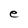
Character: e